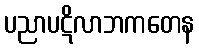
ပညာပဋိလာဘကတေန